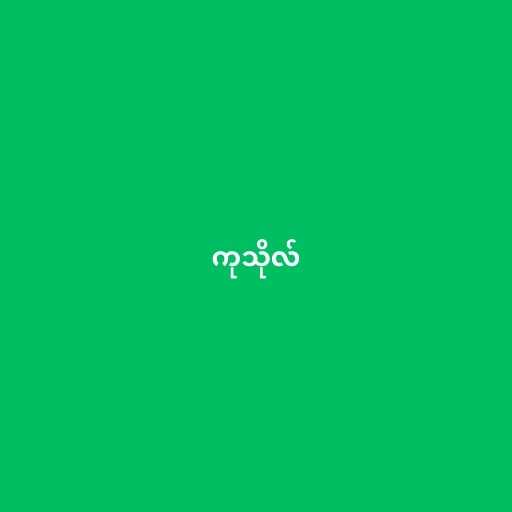
ကုသိုလ်